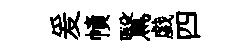
爰幘鷖戯四